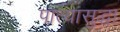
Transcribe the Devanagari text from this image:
पात्यासुद्धा